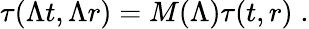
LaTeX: \tau(\Lambda t,\Lambda r)=M(\Lambda)\tau(t,r)\; .